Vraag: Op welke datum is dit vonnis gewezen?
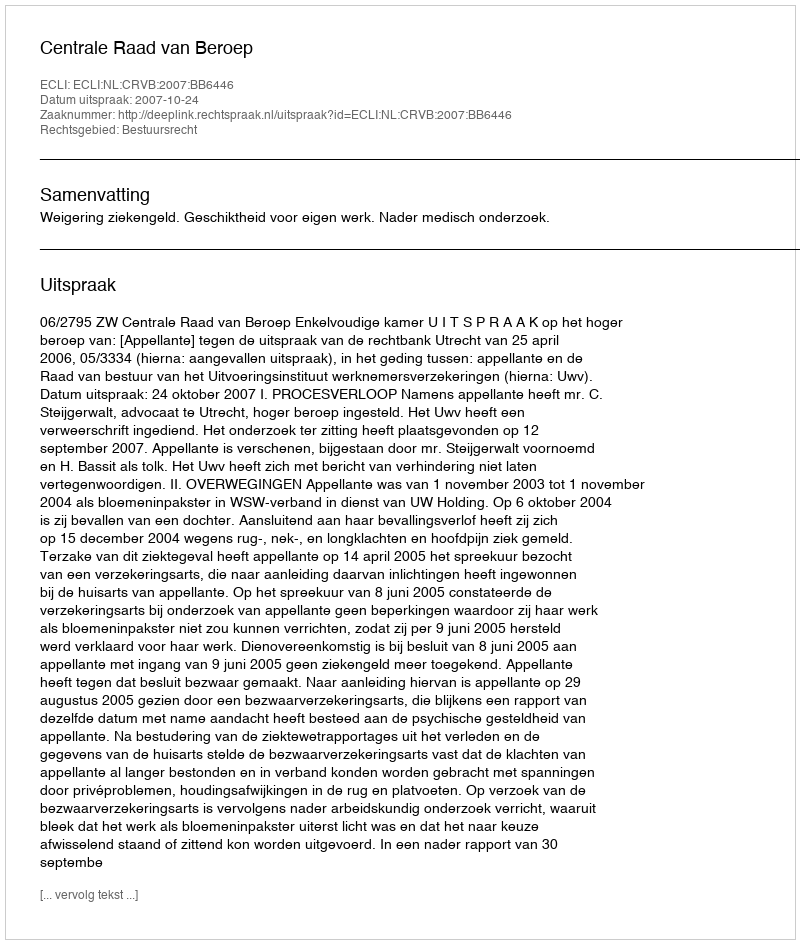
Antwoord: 2007-10-24